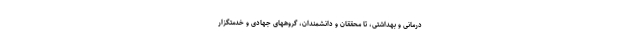
درمانی و بهداشتی، تا محققان و دانشمندان، گروههای جهادی و خدمتگزار